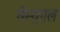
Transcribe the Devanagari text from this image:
सेम्युएल